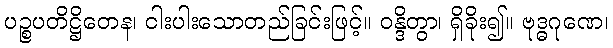
ပဉ္စပတိဋ္ဌိတေန၊ ငါးပါးသောတည်ခြင်းဖြင့်။ ဝန္ဒိတွာ၊ ရှိခိုး၍။ ဗုဒ္ဓဂုဏေ၊